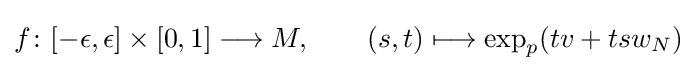
f\colon [-\epsilon ,\epsilon ]\times [0,1]\longrightarrow M,\qquad (s,t)\longmapsto \exp _{p}(tv+tsw_{N})